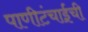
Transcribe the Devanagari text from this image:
पाणीटंचाईची